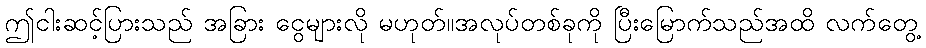
ဤငါးဆင့်ပြားသည် အခြား ငွေများလို မဟုတ်။အလုပ်တစ်ခုကို ပြီးမြောက်သည်အထိ လက်တွေ့